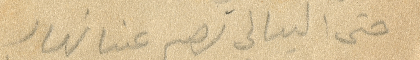
حتى اليالي تصير عندنا نهار